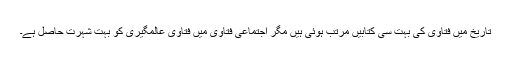
تاریخ میں فتاویٰ کی بہت سی کتابیں مرتب ہوئی ہیں مگر اجتماعی فتاویٰ میں فتاویٰ عالمگیری کو بہت شہرت حاصل ہے۔